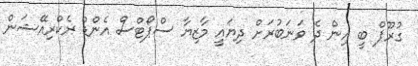
ގުރޫޕް ބީ އިން ދެ ވަނަބުރަށް ދިޔައީ މާޒިޔާ ސްޕޯޓްސް އެންޑް ރެކްރިއޭޝަން